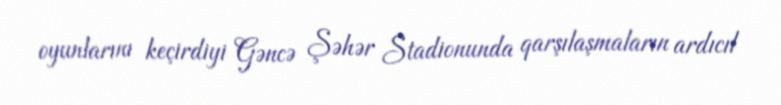
oyunlarını keçirdiyi Gəncə Şəhər Stadionunda qarşılaşmaların ardıcıl